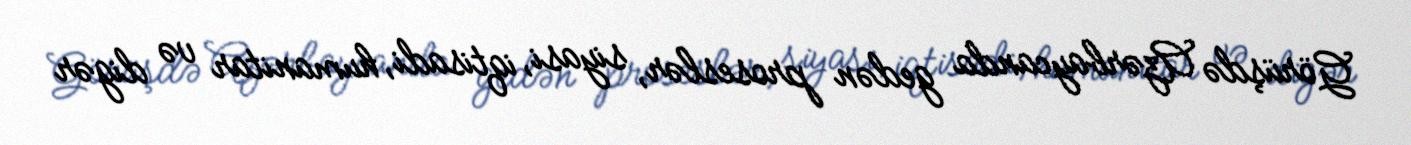
Görüşdə Azərbaycanda gedən proseslər, siyasi, iqtisadi, humanitar və digər